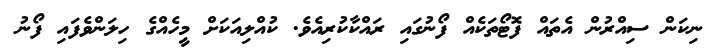
ނިކަން ސިއްރުން އެތައް ފޮޓޯތަކެއް ފޯނުގައި ރައްކާކުރިއެވެ. ކުއްލިއަކަށް މީހެއްގެ ހިލަންވެފައި ފޯނު